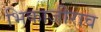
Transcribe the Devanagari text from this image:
भिकाजीराव